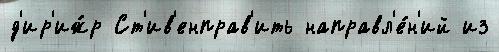
д'ир'иж́р Ст'ив'енправ'ить направл'е́н'ий из